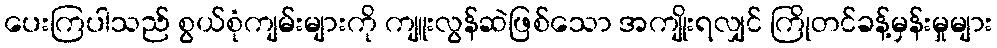
ပေးကြပါသည် စွယ်စုံကျမ်းများကို ကျူးလွန်ဆဲဖြစ်သော အကျိုးရလျှင် ကြိုတင်ခန့်မှန်းမှုများ